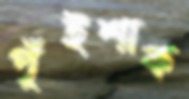
পুঁইশাক